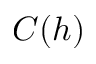
C ( h )